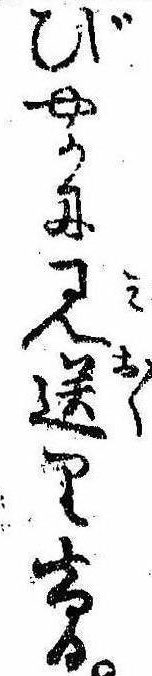
びやかに見送りける